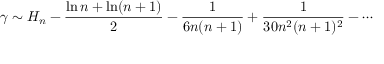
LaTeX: \gamma \sim H _ { n } - { \frac { \ln n + \ln ( n + 1 ) } { 2 } } - { \frac { 1 } { 6 n ( n + 1 ) } } + { \frac { 1 } { 3 0 n ^ { 2 } ( n + 1 ) ^ { 2 } } } - \cdots